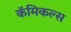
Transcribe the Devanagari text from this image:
कॅमिकल्स